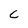
Character: C